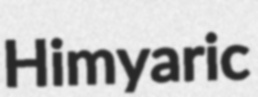
Himyaric